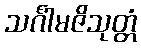
သင်္ဂါမဇိသုတ္တံ